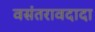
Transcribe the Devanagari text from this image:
वसंतरावदादा